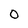
Character: 0